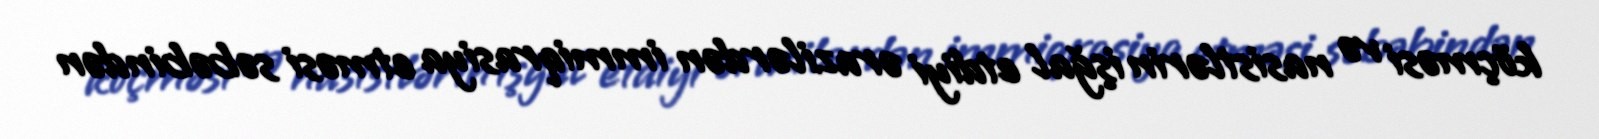
köçməsi və nasistlərin işğal etdiyi ərazilərdən immiqrasiya etməsi səbəbindən